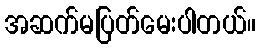
အဆက်မပြတ်မေးပါတယ်။